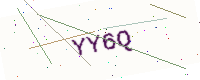
Text: YY6Q